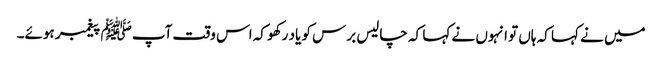
میں نے کہا کہ ہاں تو انہوں نے کہا کہ چالیس برس کو یاد رکھو کہ اس وقت آپﷺ پیغمبر ہوئے۔